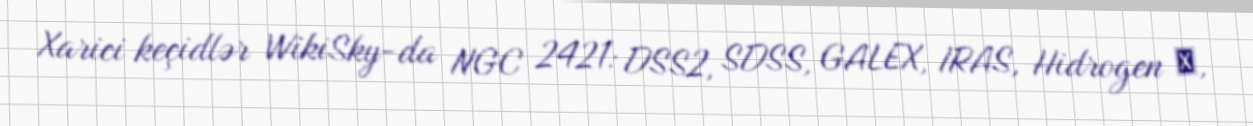
Xarici keçidlər WikiSky-da NGC 2421: DSS2, SDSS, GALEX, IRAS, Hidrogen α,